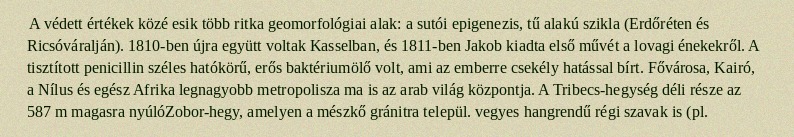
A védett értékek közé esik több ritka geomorfológiai alak: a sutói epigenezis, tű alakú szikla (Erdőréten és Ricsóváralján). 1810-ben újra együtt voltak Kasselban, és 1811-ben Jakob kiadta első művét a lovagi énekekről. A tisztított penicillin széles hatókörű, erős baktériumölő volt, ami az emberre csekély hatással bírt. Fővárosa, Kairó, a Nílus és egész Afrika legnagyobb metropolisza ma is az arab világ központja. A Tribecs-hegység déli része az 587 m magasra nyúlóZobor-hegy, amelyen a mészkő gránitra települ. vegyes hangrendű régi szavak is (pl.